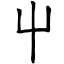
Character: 屮